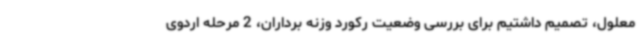
معلول، تصمیم داشتیم برای بررسی وضعیت رکورد وزنه برداران، 2 مرحله اردوی